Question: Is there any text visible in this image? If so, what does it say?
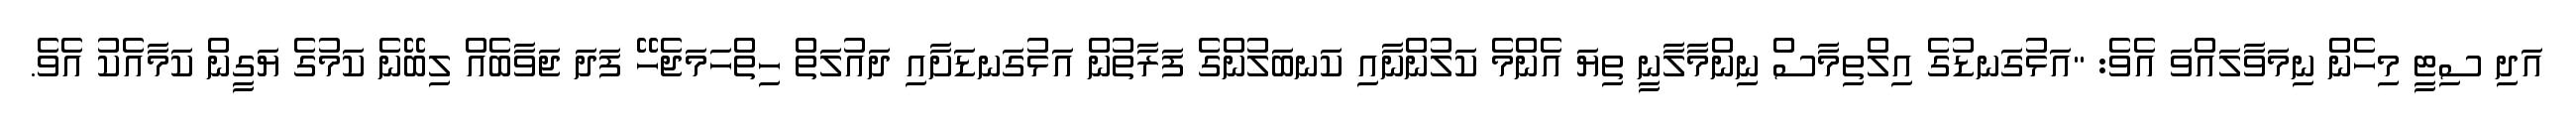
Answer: އަދި ސިޓީ މިހެން ނިމަވާލައްވަ އެވެ: "އަޅުގަނޑުގެ އިލްތިމާސް ނިންމާލާނީ ތިޔަ އެންމެ ކަލުންނާއި ކަނބަލުންގެ ފަރާތުން އަޅުގަނޑަށާއި ދައުލަތް ހިތްހަމަޖެހޭ ފަދަ ޖަވާބެއް ލިބޭނެ ކަމުގެ ޔަގީން ކަމާއެކު އެވެ.